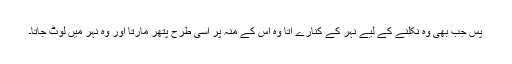
پس جب بھی وہ نکلنے کے لیے نہر کے کنارے آتا وہ اس کے منہ پر اسی طرح پتھر مارتا اور وہ نہر میں لوٹ جاتا۔